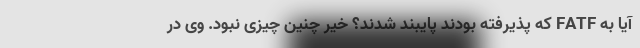
آیا به FATF که پذیرفته بودند پایبند شدند؟ خیر چنین چیزی نبود. وی در